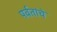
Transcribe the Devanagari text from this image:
पर्वतांचे